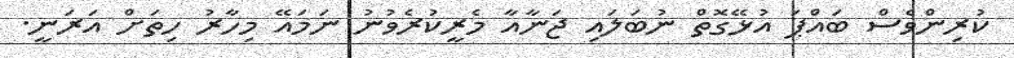
ކުރިންވެސް ބައްޕަ އުޅޭގޮތް ނުބަލައި ޖަނާއާ މެރީކުރެވުނު ނަމައޭ މިހާރު ހިތަށް އަރަނީ.